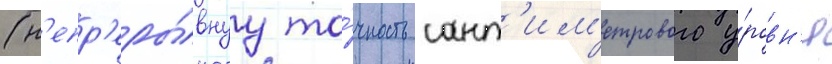
(н'епр'еры́внуу то́чность сант'им'етрового у́ровн'я